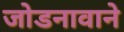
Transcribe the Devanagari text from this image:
जोडनावाने